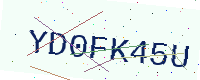
Text: YD0FK45U